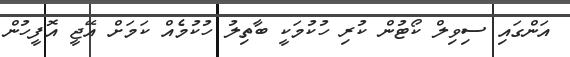
އަންގައި ސިވިލް ކޯޓުން ކުރި ހުކުމަކީ ބާތިލު ހުކުމެއް ކަމަށް އޭޖީ އޮފީހުން